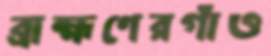
ব্রাহ্মণেরগাঁও